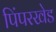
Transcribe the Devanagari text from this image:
पिंपरखेड